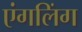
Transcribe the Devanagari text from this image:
एंगलिंग